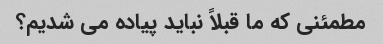
مطمئنی که ما قبلاً نباید پیاده می شدیم؟